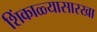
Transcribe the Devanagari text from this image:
शिंकाळ्यासारखा